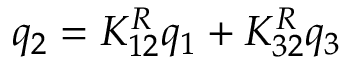
q _ { 2 } = K _ { 1 2 } ^ { R } q _ { 1 } + K _ { 3 2 } ^ { R } q _ { 3 }